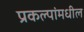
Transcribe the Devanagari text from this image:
प्रकल्पांमधील